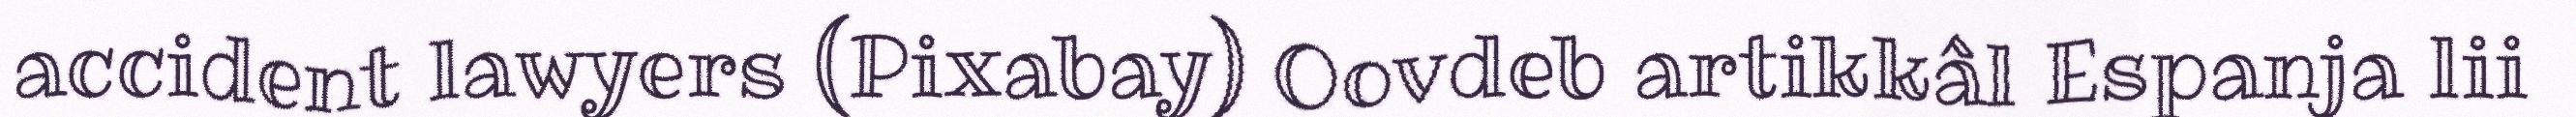
accident lawyers (Pixabay) Oovdeb artikkâl Espanja lii